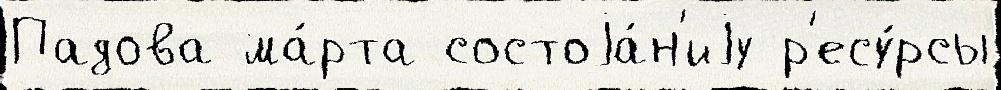
Падова ма́рта состоjа́н'иjу р'есу́рсы